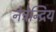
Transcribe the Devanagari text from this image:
नेत्रेन्द्रिय